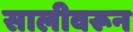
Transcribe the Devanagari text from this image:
सालीवरून